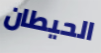
الحيطان